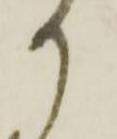
か